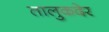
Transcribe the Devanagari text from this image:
तालुकदेर